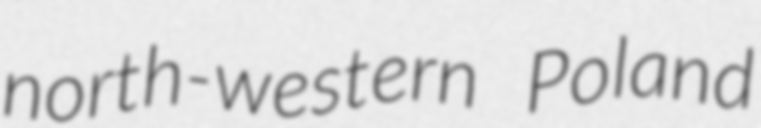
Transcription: north-western Poland